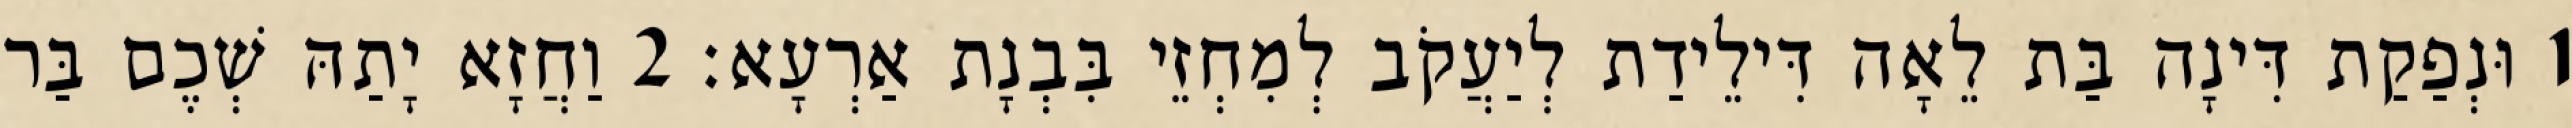
1 וּנְפַקַת דִּינָה בַּת לֵאָה דִּילֵידַת לְיַעֲקֹב לְמִחְזֵי בִּבְנָת אַרְעָא׃ 2 וַחֲזָא יָתַהּ שְׁכֶם בַּר